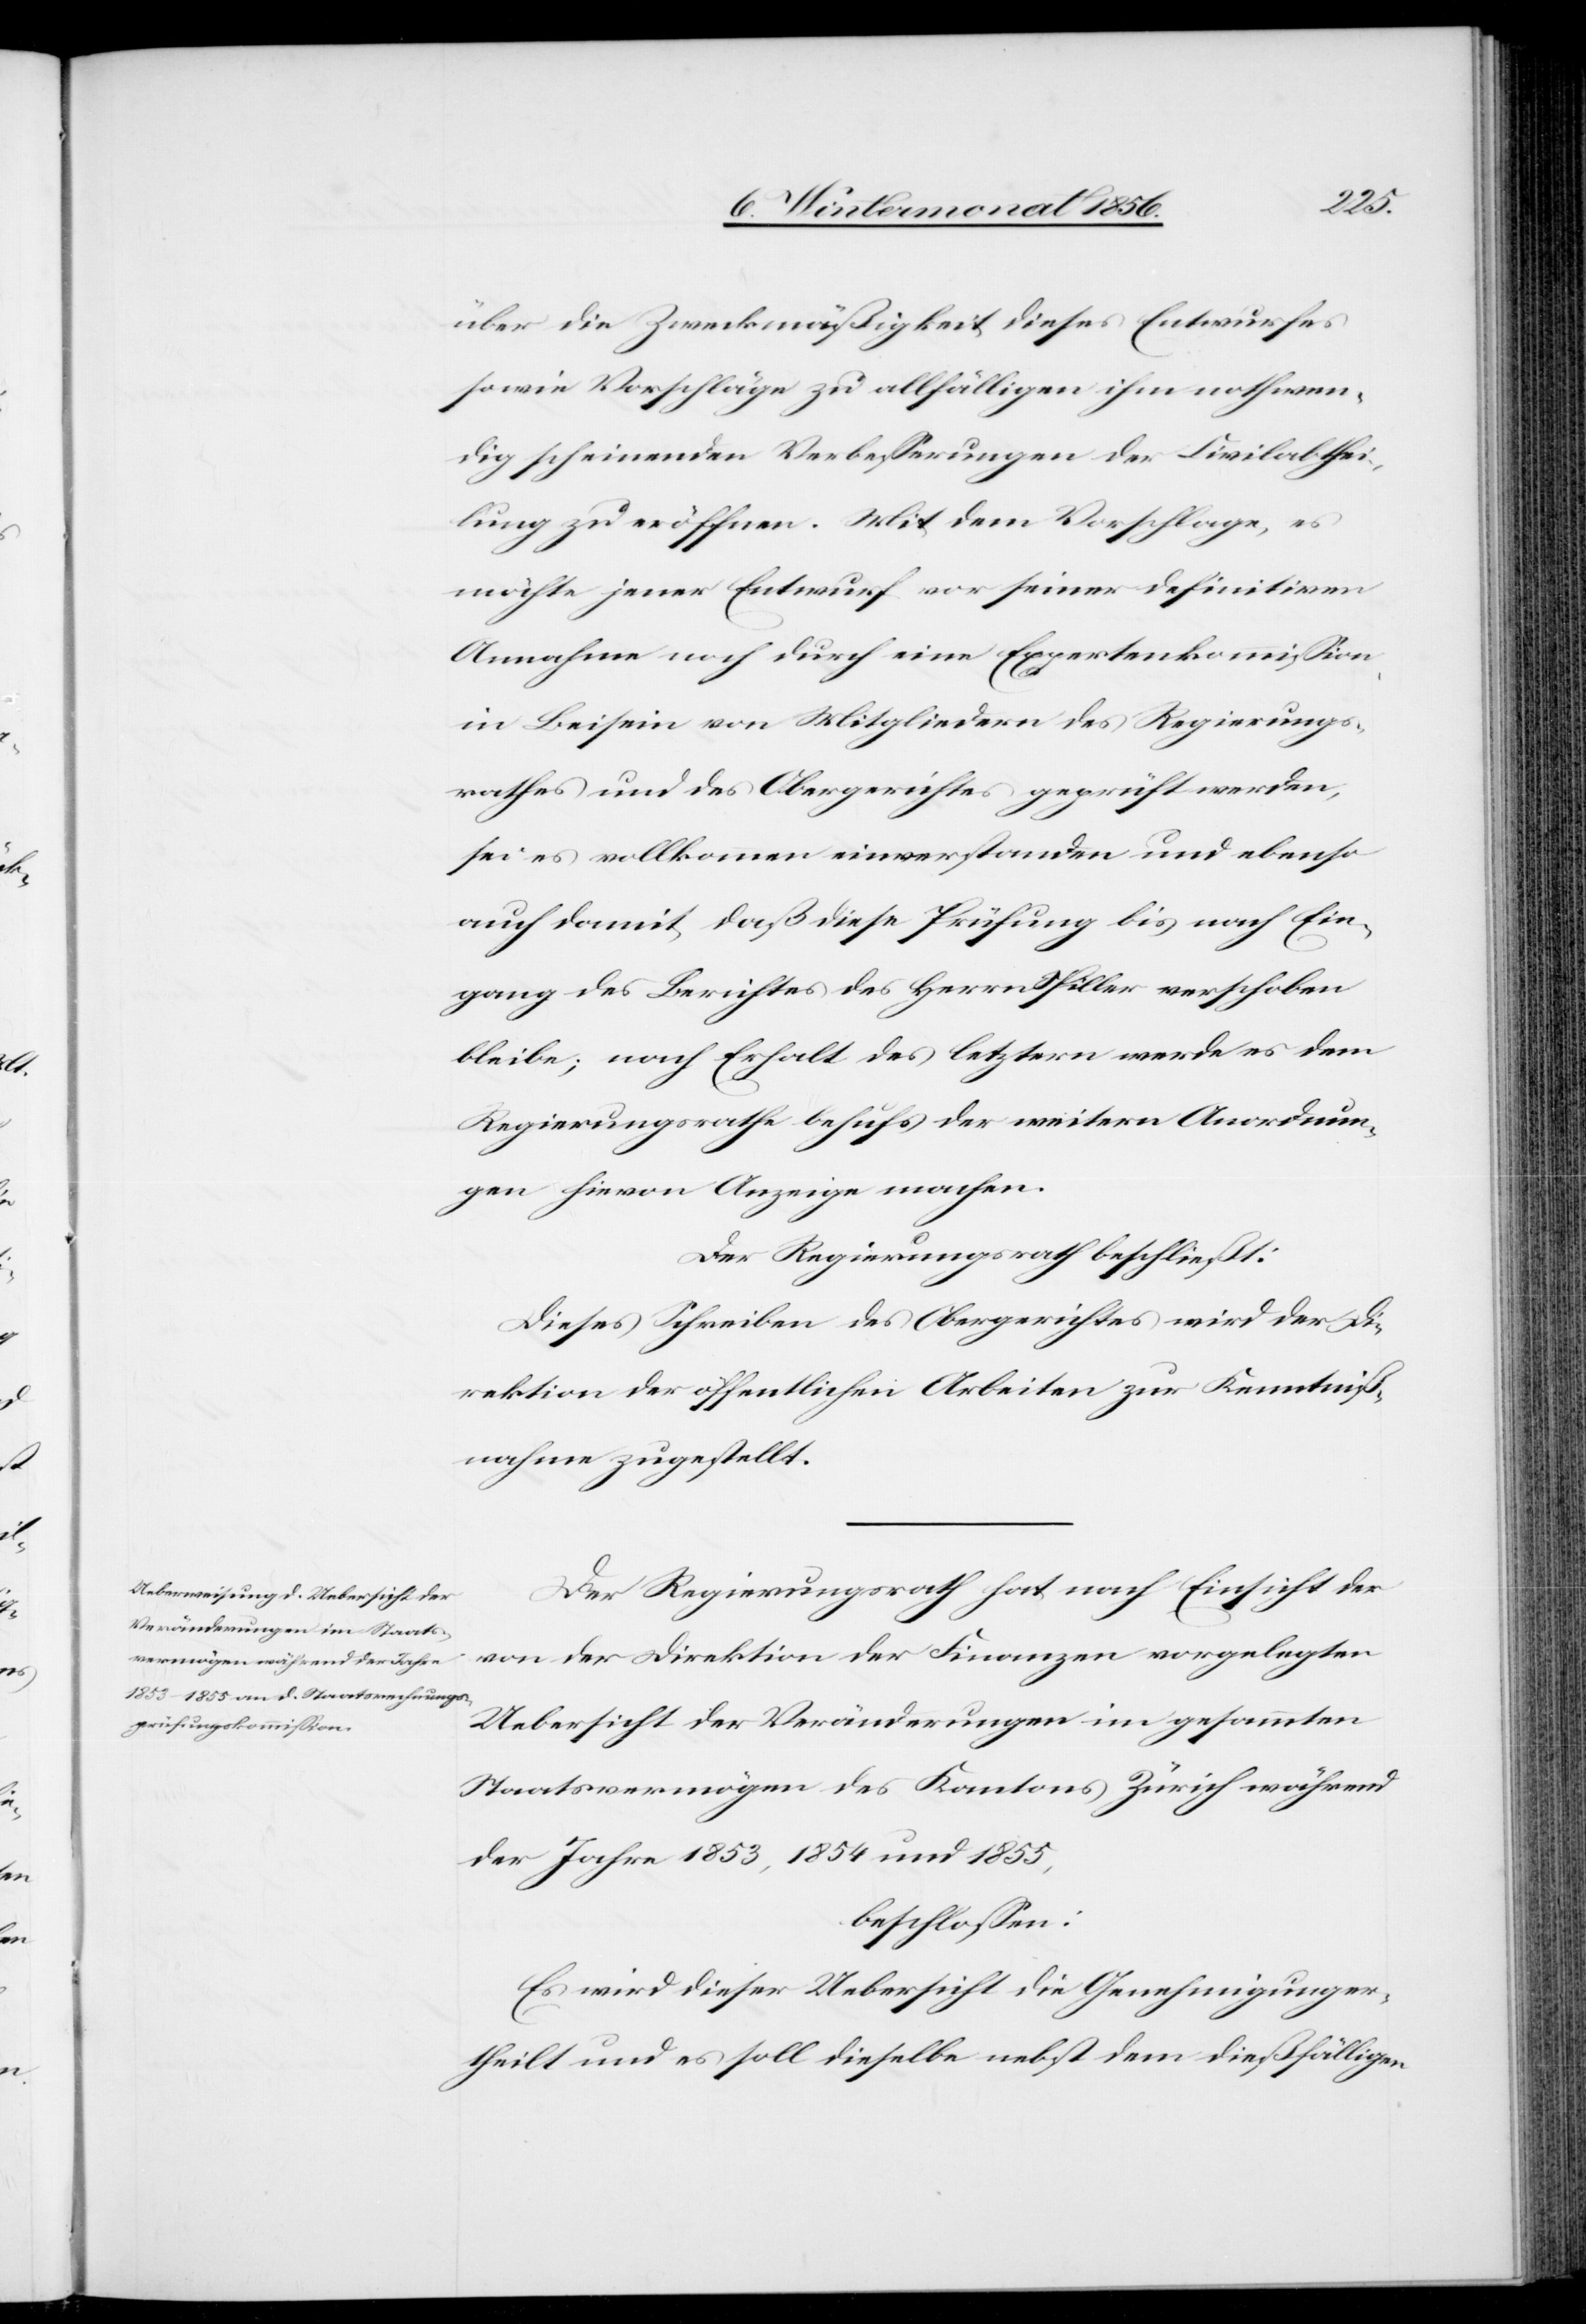
über die Zweckmäßigkeit dieses Entwurfes
sowie Vorschläge zu allfälligen ihm nothwen¬
dig scheinenden Verbesserungen der Civilabthei¬
lung zu eröffnen. Mit dem Vorschlage, es
möchte jener Entwurf vor seiner definitiven
Annahme noch durch eine Expertenkommission
in Beisein von Mitgliedern des Regierungs¬
rathes und des Obergerichtes geprüft werden,
sei es vollkommen einverstanden und ebenso
auch damit, daß diese Prüfung bis nach Ein¬
gang des Berichtes des Herrn Spiller verschoben
bleibe; nach Erhalt des letztern werde es dem
Regierungsrathe behufs der weitern Anordnun¬
gen hievon Anzeige machen.
Der Regierungsrath beschließt:
Dieses Schreiben des Obergerichtes wird der Di¬
rektion der öffentlichen Arbeiten zur Kenntniß¬
nahme zugestellt.
Der Regierungsrath hat nach Einsicht der
von der Direktion der Finanzen vorgelegten
Uebersicht der Veränderungen im gesammten
Staatsvermögen des Kantons Zürich während
der Jahre 1853, 1854 und 1855,
beschlossen:
Es wird dieser Uebersicht die Genehmigung er¬
theilt und es soll dieselbe nebst dem dießfälligen